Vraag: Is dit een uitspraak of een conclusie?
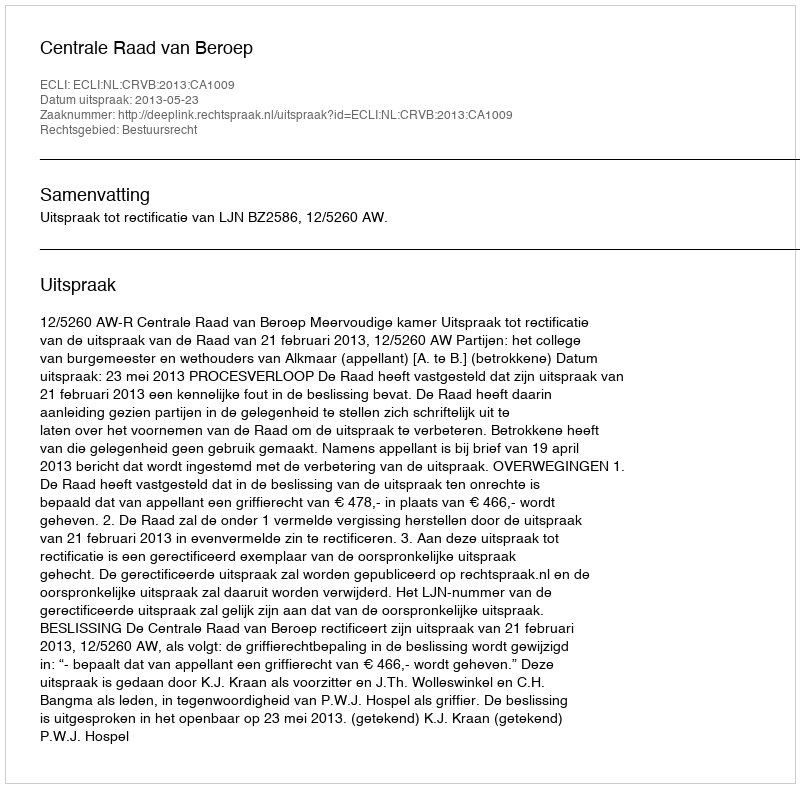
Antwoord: Uitspraak